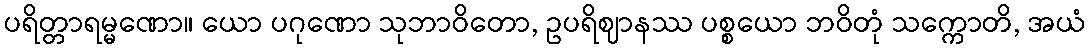
ပရိတ္တာရမ္မဏော။ ယော ပဂုဏော သုဘာဝိတော, ဥပရိဈာနဿ ပစ္စယော ဘဝိတုံ သက္ကောတိ, အယံ